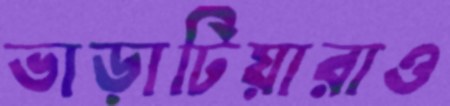
ভাড়াটিয়ারাও